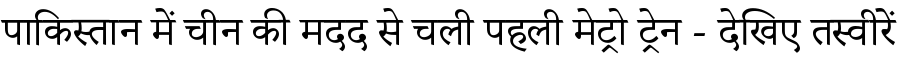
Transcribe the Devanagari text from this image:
पाकिस्तान में चीन की मदद से चली पहली मेट्रो ट्रेन - देखिए तस्वीरें